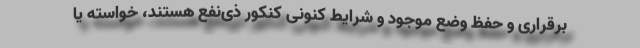
برقراری و حفظ وضع موجود و شرایط کنونی کنکور ذی‌نفع هستند، خواسته یا